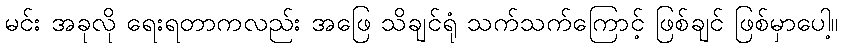
မင်း အခုလို ရေးရတာကလည်း အဖြေ သိချင်ရုံ သက်သက်ကြောင့် ဖြစ်ချင် ဖြစ်မှာပေါ့။